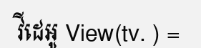
វីដេអូ View(tv. ) =